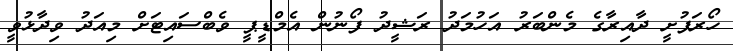
ހޯރަފުށީ ދާއިރާގެ މެންބަރު އަހުމަދު ރަޝީދު ފޯނުން އެމްޑީޕީ ވެބްސައިޓަށް މިއަދު ވިދާޅުވީ